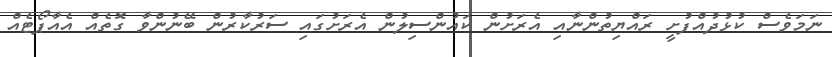
ނަމަވެސް ކުޅުދުއްފުށީ ރައްޔިތުންނާއި އެރަށުން ކައުންސިލުން އެރަށުގައި ސަރުކާރުން ބޭނުންވާ ގޮތެއް އެއާޕޯޓެއް